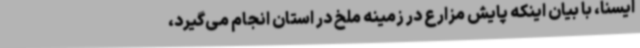
ایسنا، با بیان اینکه پایش مزارع در زمینه ملخ در استان انجام می‌گیرد،